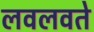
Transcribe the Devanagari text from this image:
लवलवते